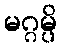
မဂ္ဂမ္ပိ